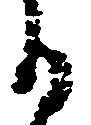
る